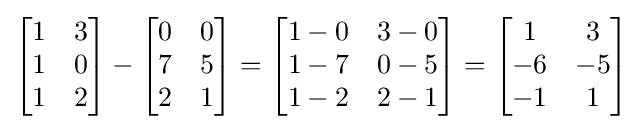
{\begin{bmatrix}1&3\\1&0\\1&2\end{bmatrix}}-{\begin{bmatrix}0&0\\7&5\\2&1\end{bmatrix}}={\begin{bmatrix}1-0&3-0\\1-7&0-5\\1-2&2-1\end{bmatrix}}={\begin{bmatrix}1&3\\-6&-5\\-1&1\end{bmatrix}}